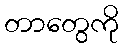
တာတွေကို